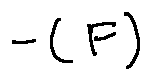
- ( F )